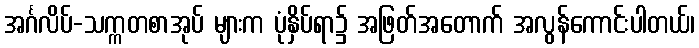
အင်္ဂလိပ်-သက္ကတစာအုပ် များက ပုံနှိပ်ရာ၌ အဖြတ်အတောက် အလွန်ကောင်းပါတယ်၊